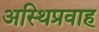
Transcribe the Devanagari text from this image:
अस्थिप्रवाह